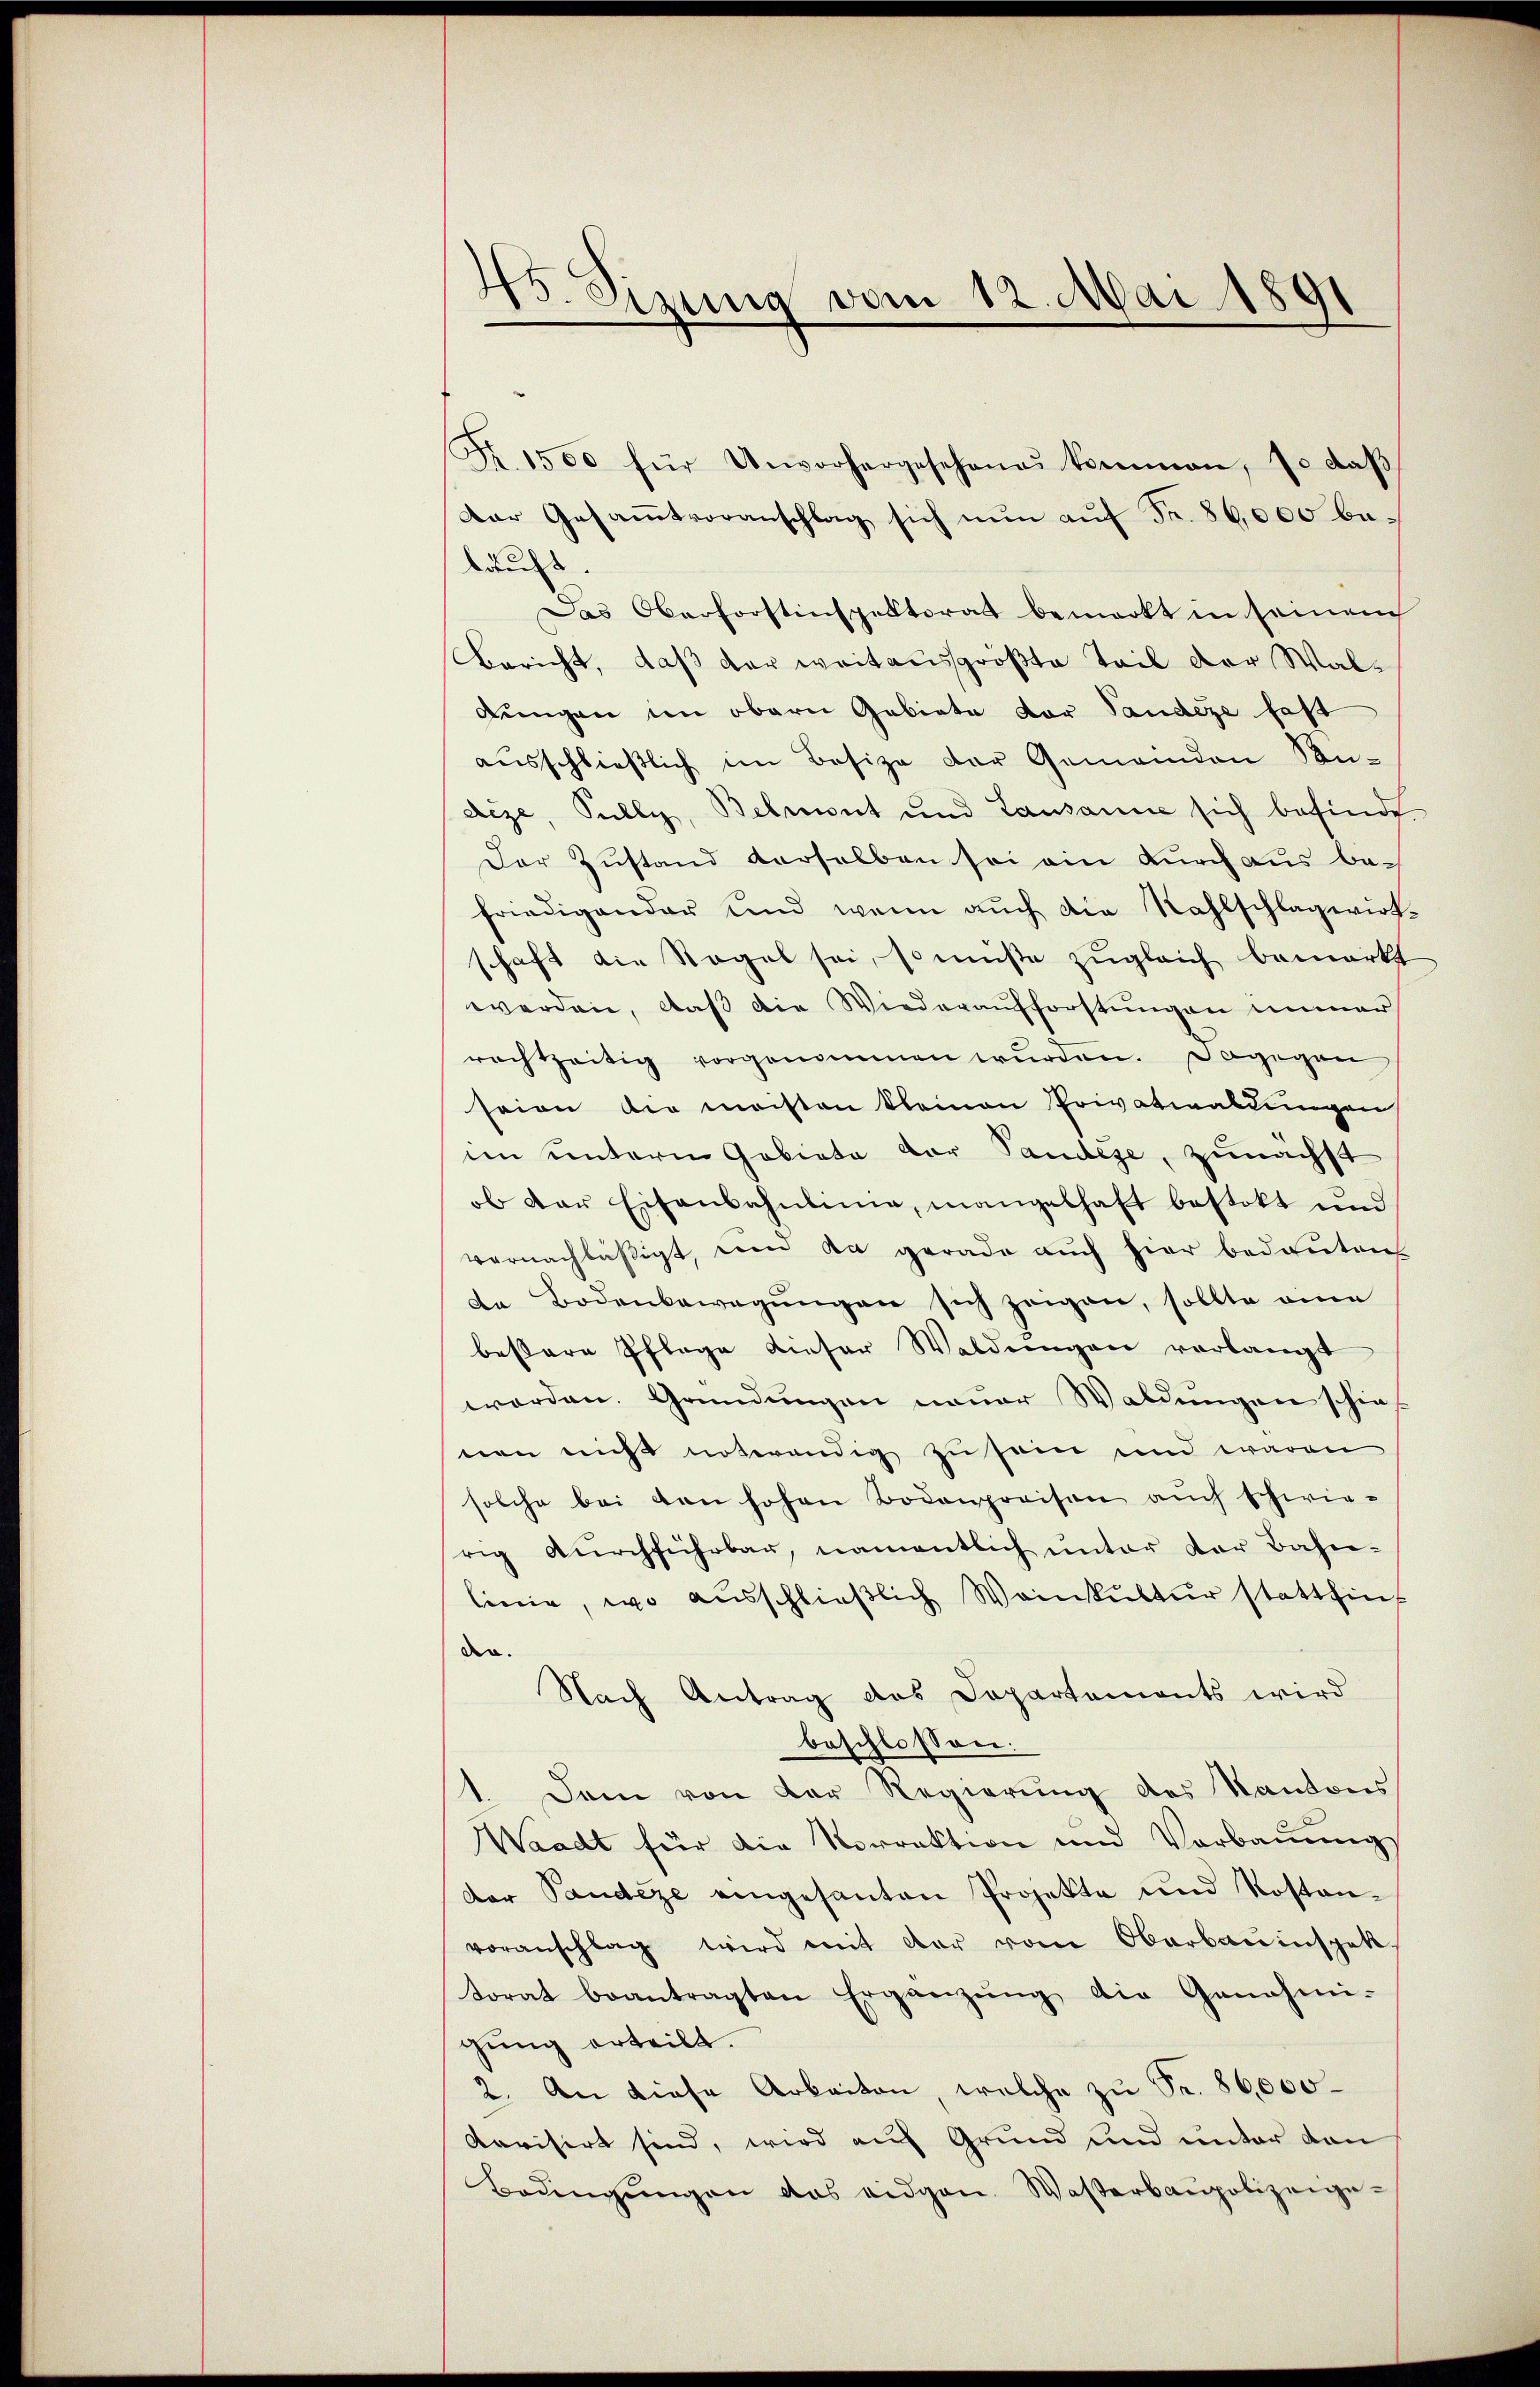
45. Sizung vom 12. Mai 1891

K. 1500 für Unvorhergesehene kommen, so daβ
Der Gesammtvoranschlag sich nun auf Fr. 86,000 bedaue
Das Oberforstinspektorat bemerkt in seinem
Bericht, daß der weitausgrößte Teil der Waldungen im obern Gebiete vor Sandere haft
aŭsschlieβlich im Besize der Gemeinden Son-
dize, Sully, Belmint und Lausanne sich befinde
Der Zustand derselben sei ein durchaus befriedigender und wenn aŭch die Kahlschlagwirt-
schaft die Regel sei, so müßte zugleich bemerkt
werden, daß die Wiederaufforstungen immer
rachtzeitig vorgenommen wŭrden. Dagegen
seien dir meisten kleinen Privatwaldungen
im unterm Gobiata vor Pandese, zunächst
ob der Eisenbahnlinie, mangelhaft bestekt und
vernachläßigt, ein da gerade auch hier bedeuten
de Bodenbewegungen sich zeigen, sollte eine
bestere Pflege dieser Waldungen verlangt
worden. Gründungen neuer Waldungen schieh
nen nicht unterendig zu sein und waren
solche bei den hohen Bodenpreisen auch schwierig dŭrchführbar, namentlich unter der Bahn-
linie, wo ausschließlich Weinkultur stattfinden.
Nach Antrag des Departements wird
beschlossen:
1. Dem von der Regierung des Kantons
Waadt für die Vorrektion und Verbauung
der Pandize eingesanten Projekte und Kostanvoranschlag wird mit der vom Oberbauinspek
torat beantragten Ergänzŭng die Genehmi-
gŭng erteilt.
2. An diese Arbeiten, welche zu Fr. 86,000
Arvisirt sind, wird auf Grund und unter den
Bedingŭngen das eidgen. Waßerbaupolizeige-